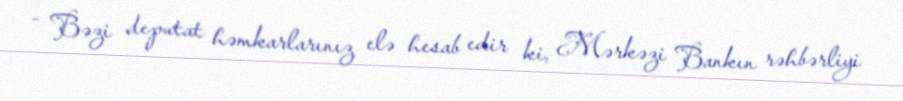
- Bəzi deputat həmkarlarınız elə hesab edir ki, Mərkəzi Bankın rəhbərliyi